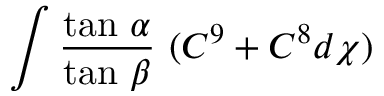
\int \frac { \mathrm { t a n } ~ \alpha } { \mathrm { t a n } ~ \beta } ~ ( C ^ { 9 } + C ^ { 8 } d \chi )